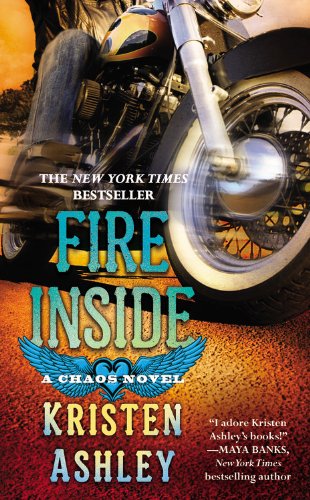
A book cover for Fire Inside: A Chaos Novel; Kristen Ashley; Romance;